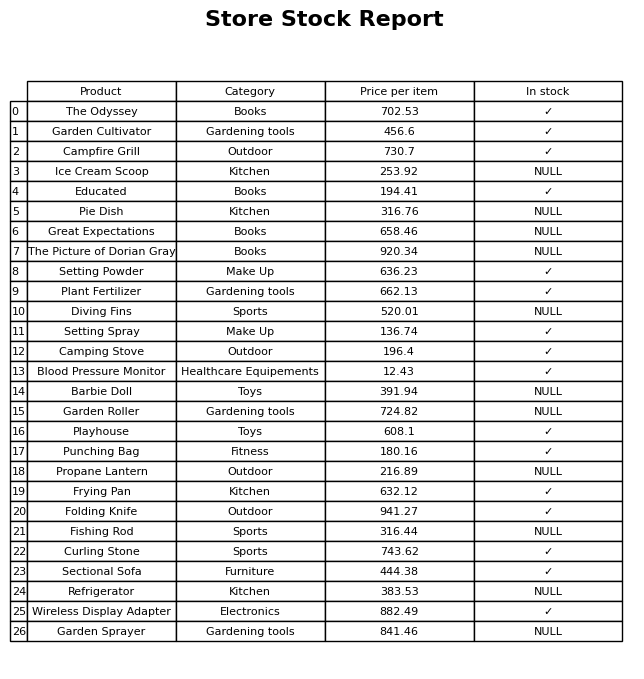
question: What is the price for Refrigerator?
answer: The price of Refrigerator is 383.53.